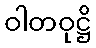
ဝါတဝုဋ္ဌိ